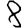
Digit: 8